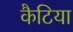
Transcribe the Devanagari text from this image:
कैटिया